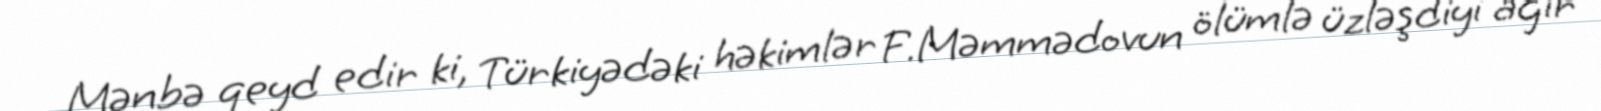
Mənbə qeyd edir ki, Türkiyədəki həkimlər F.Məmmədovun ölümlə üzləşdiyi ağır